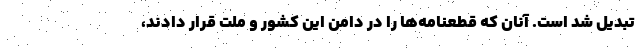
تبدیل شد است. آنان که قطعنامه‌ها را در دامن این کشور و ملت قرار دادند،